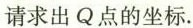
请求出Q点的坐标.